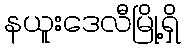
နယူးဒေလီမြို့ရှိ